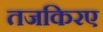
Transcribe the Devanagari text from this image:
तजकिरए